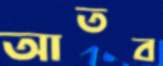
আতব